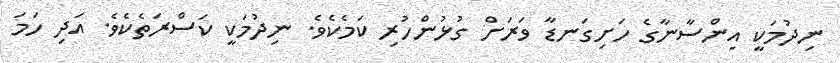
ނިދުމަކީ އިންސާނާގެ ހަށިގަނޑާ ވަރަށް ގުޅުންހުރި ކަމެކެވެ. ނިދުމަކީ ކަސްރަތެކެވެ. އަދި ހަމަ